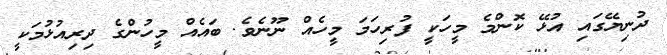
ދުނިޔޭގައި އުޅޭ ކޮންމެ މީހަކީ ފުރިހަމަ މީހެއް ނޫނެވެ. ބައެއް މީހުންގެ ދިރިއުޅުމަކީ